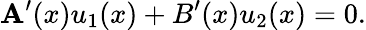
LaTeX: \mathbf{A}^{\prime}(x)u_{1}(x)+B^{\prime}(x)u_{2}(x)=0.